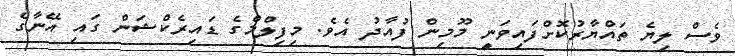
ވެސް ލިޔެ ތައްޔާރުކޮށްފައިވަނީ މޫމިން ފުއާދު އެވެ. މިފިލްމްގެ ޑައިރެކްޝަން ގައި އޭނާގެ